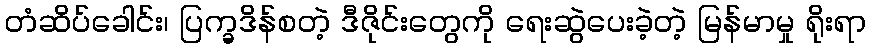
တံဆိပ်ခေါင်း၊ ပြက္ခဒိန်စတဲ့ ဒီဇိုင်းတွေကို ရေးဆွဲပေးခဲ့တဲ့ မြန်မာမှု ရိုးရာ